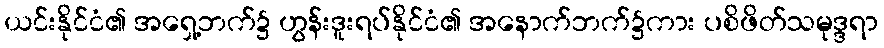
ယင်းနိုင်ငံ၏ အရှေ့ဘက်၌ ဟွန်းဒူးရပ်နိုင်ငံ၏ အနောက်ဘက်၌ကား ပစိဖိတ်သမုဒ္ဒရာ